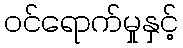
ဝင်ရောက်မှုနှင့်